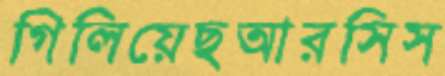
গিলিয়েছআরসিস